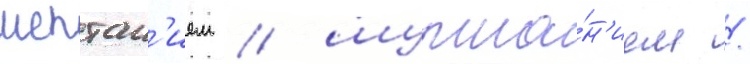
шептан'ием / шурша́н'ием /